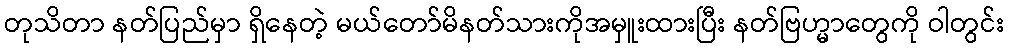
တုသိတာ နတ်ပြည်မှာ ရှိနေတဲ့ မယ်တော်မိနတ်သားကိုအမှူးထားပြီး နတ်ဗြဟ္မာတွေကို ဝါတွင်း